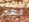
نعم